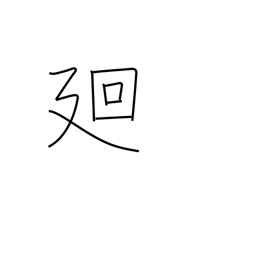
Meaning: circumference